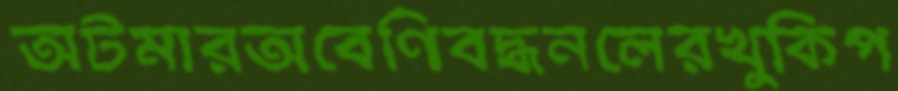
অটমারঅবেণিবদ্ধনলেরখুকিপ